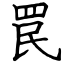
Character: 罠